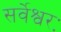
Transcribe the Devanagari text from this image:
सर्वेश्वरः